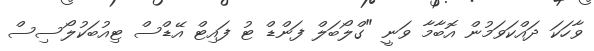
ވާހަކަ ދައްކަވަމުން އޮބާމާ ވަނީ "ގްލޯބަލް ފަންޑް ޓު ފައިޓް އޭޑްސް ޓިއުބަކުލޯސިސް